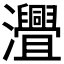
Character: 𤅚